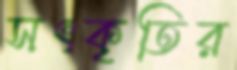
সৎকৃতির